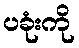
ပခုံးကို